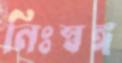
নিঃস্বঙ্গ